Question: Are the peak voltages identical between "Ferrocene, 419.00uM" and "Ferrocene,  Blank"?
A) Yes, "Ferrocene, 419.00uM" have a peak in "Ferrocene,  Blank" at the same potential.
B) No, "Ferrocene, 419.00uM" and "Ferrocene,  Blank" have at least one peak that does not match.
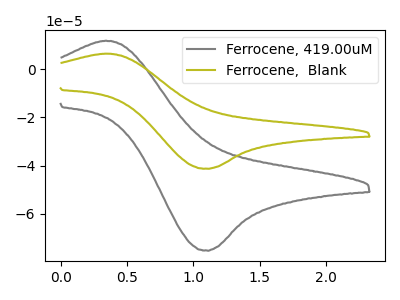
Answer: <think>The gray curve "Ferrocene, 419.00uM" has an anodic peak at (0.35V, 11.95uA) and a cathodic peak at (1.10V, -75.50uA). The olive curve "Ferrocene,  Blank" has an anodic peak at (0.35V, 6.55uA) and a cathodic peak at (1.10V, -41.40uA).</think>
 <answer>A) Yes, "Ferrocene, 419.00uM" have a peak in "Ferrocene,  Blank" at the same potential.</answer>
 <eval>A</eval>